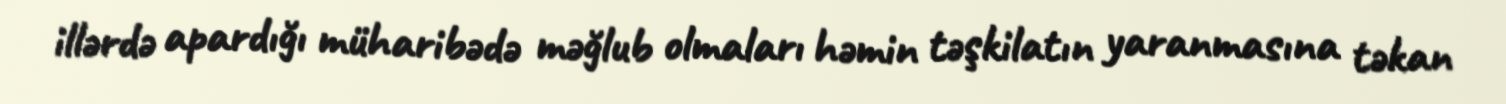
illərdə apardığı müharibədə məğlub olmaları həmin təşkilatın yaranmasına təkan